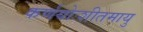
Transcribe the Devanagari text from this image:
कर्णयोःशीतमायु